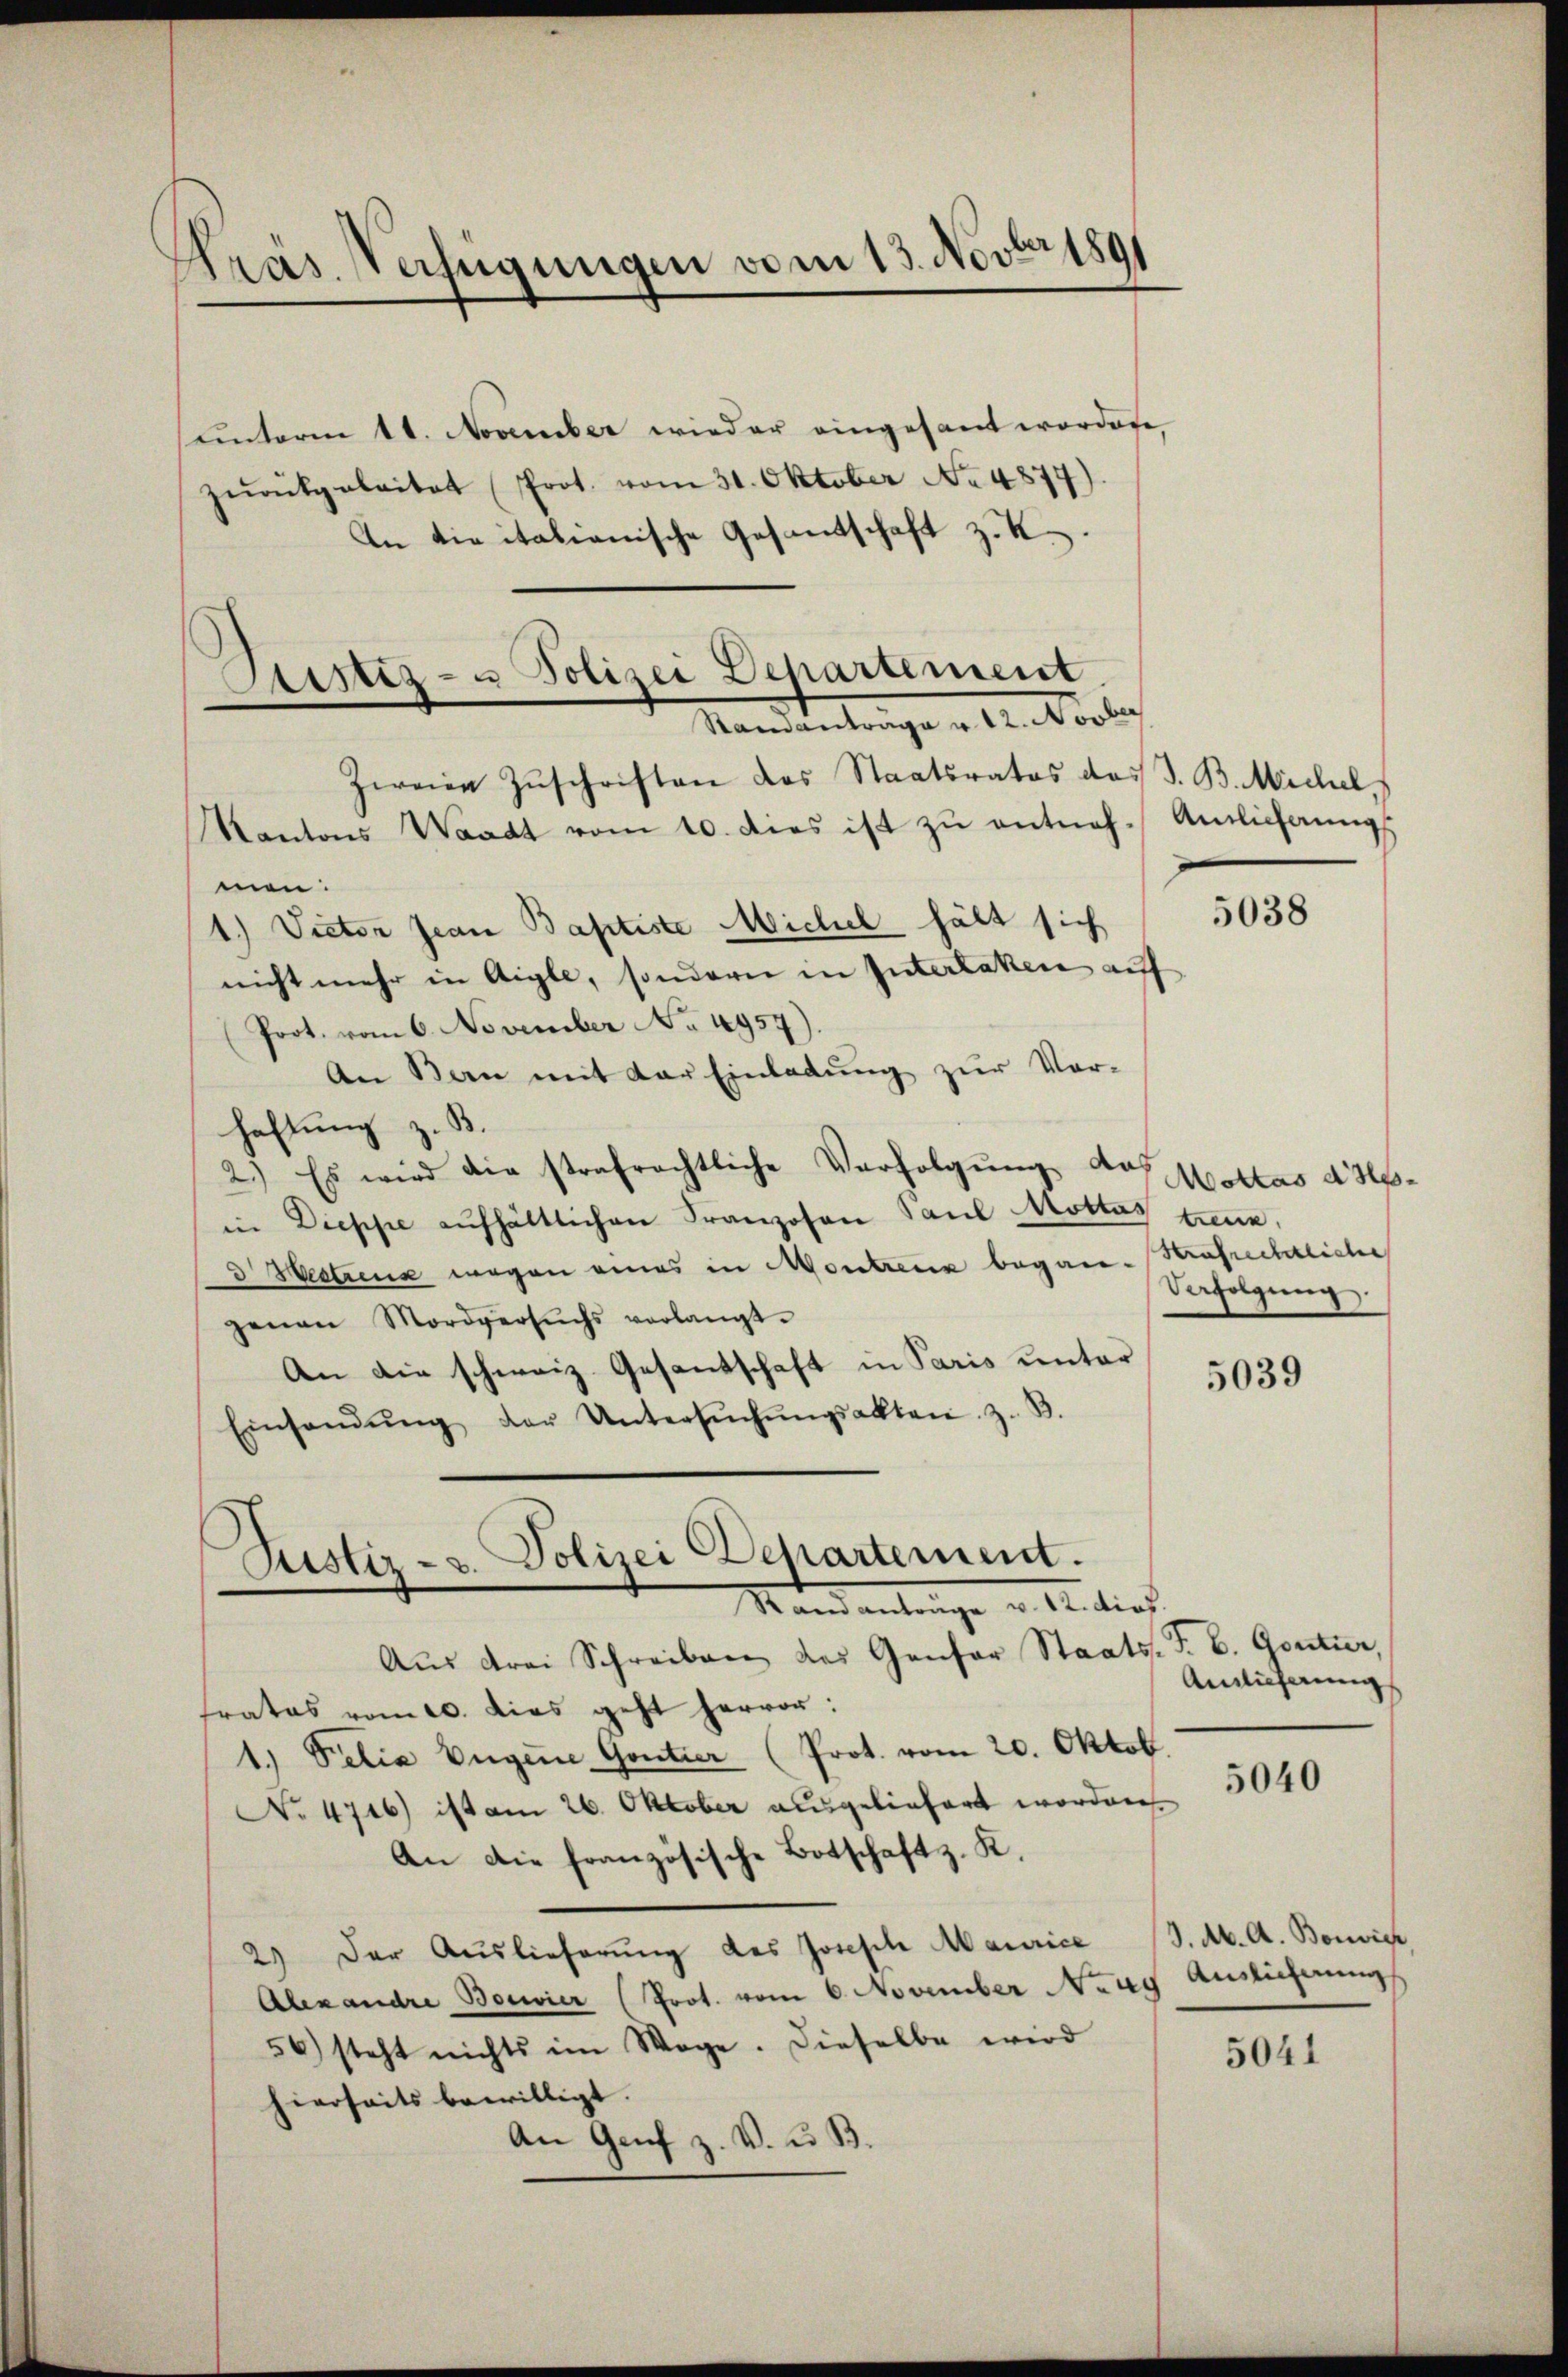
Präs. Verfügungen vom 13. Novbr 189

Astiz- u Polizei Departement
Standantrage u. 12. Novber
Zweier Zŭschriften das Staatsrates das J. B. Michel,
Kantons Waadt vom 10. dies ist zŭ entneh-

ŭnterm 11. November wieder eingesant wordete,
zŭrückgeleitet (Prot. vom 31. Oktober No. 4877)
An die italienische Gesantschaft z. K.
men:
1.) Victor Jean Baptiste Michel hält sich
nicht mehr in Aigle, sondern in Interlaken auf
(Prot. vom 6. November No. 4957).
An Bern mit der Einladŭng zŭr Vor-
haftung z. B.
2.) Es wird die strafrechtliche Verfolgung das
in Dieppe aufhältlichen Franzosen Paul Mottas
3 Seitens wegen eines in Montreuer began-Strafrechtliche
genen Mordversuchs verlangt.
An die schweiz. Gesantschaft in Paris unter
Einsandŭng der Untersŭchŭngsakten. z. B.
Rustiz- u. Polizei Departement.
Mandantrage u. An dies
Aŭs drei Schreiben des Gansor Staats-F. b. Gontier,
frates vom 10. dies geht hervor:
1.) Delia Eugene Gontier (Prot. vom 20. Oktob
No 4716) ist am 26. Oktober ausgeliefert worden.
An die französische Botschaft z. K.
2) Der Auslieferung des Josefte Maurice
Alexandre Boswier (Prot. vom 6. November Neug Auslieferung
56) steht nichts im Wege. Dieselbe wird
hierseits bewilligt.
An Genf z. V. u. B.

Ainlicherung

5038

Mottas dietrenn
Vefolgung

5039

Amlicherung

5040

9. Ab. A. Bonvich,

5041